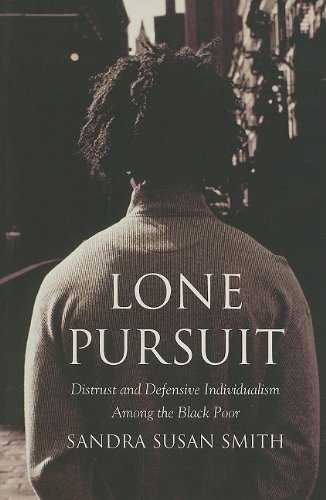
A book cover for Lone Pursuit: Distrust and Defensive Individualism Among the Black Poor; Sandra Susan Smith; Business & Money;